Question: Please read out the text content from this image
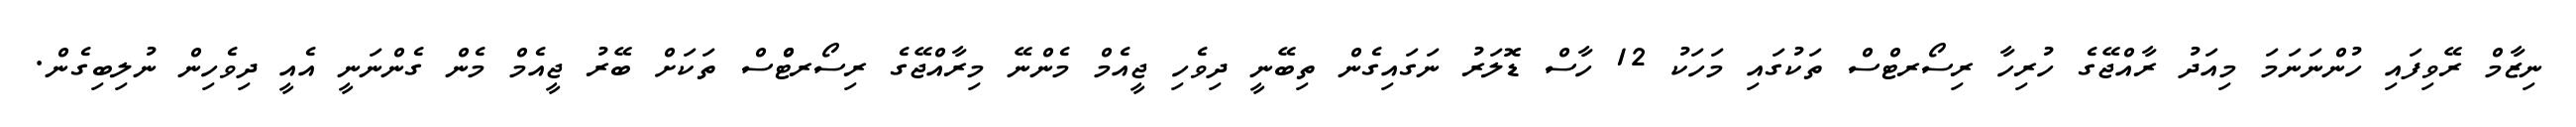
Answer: ނިޒާމް ރޭވިފައި ހުންނަނަމަ މިއަދު ރާއްޖޭގެ ހުރިހާ ރިސޯރޓްސް ތަކުގައި މަހަކު 12 ހާސް ޑޮލަރު ނަގައިގެން ތިބޭނީ ދިވެހި ޖީއެމް މެންނޭ މިރާއްޖޭގެ ރިސޯރޓްްސް ތަކަށް ބޭރު ޖީއެމް މެން ގެންނަނީ އެއީ ދިވެހިން ނުލިބިގެން.